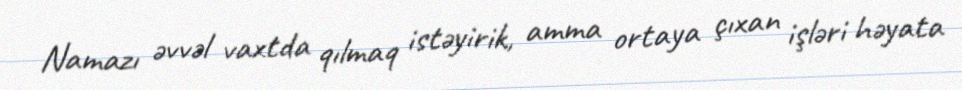
Namazı əvvəl vaxtda qılmaq istəyirik, amma ortaya çıxan işləri həyata